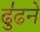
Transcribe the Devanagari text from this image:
ढु॑ढने